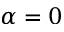
\alpha = 0